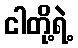
ငါတို့ရဲ့